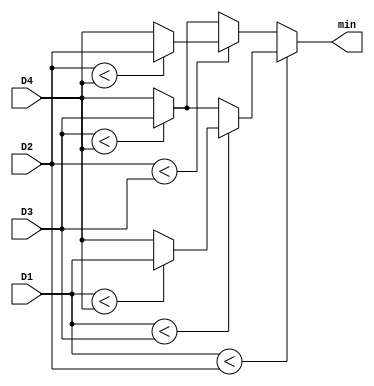
module Min(
    input [9:0] D1,
    input [9:0] D2,
    input [9:0] D3,
    input [9:0] D4,
    output [9:0] min
    );
    
    assign min = (D1 < D2) ? (
                              (D1 < D3) ? (
                                           (D1 < D4) ? 
                                                       D1 
                                                     : D4
                                          )
                                        : (
                                           (D3 < D4) ?
                                                       D3 
                                                     :  D4
                                          )
                             )
                           : (
                              (D2 < D3) ? (
                                           (D2 < D4) ? 
                                                       D2 
                                                     : D4
                                          )
                                        : (
                                           (D3 < D4) ?
                                                       D3 
                                                     : D4
                                          )
                             );                              
                                                                        
endmodule